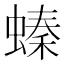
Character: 螓